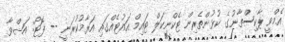
އެމްވީ ޕާކިސްތާނުގެ ކުޅުންތެރިން ޓެކްނިކަލް ޓައިމް އައުޓެއްގައި އަރާމުކުރަނީ -- ފޮޓޯ: އަޝްވާ